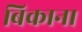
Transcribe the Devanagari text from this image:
बिकाना